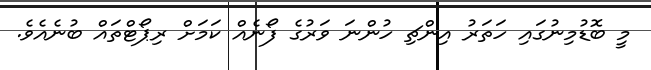
މިީ ބޮޑުމިނުގައި ހަތަރު އިންޗި ހުންނަ ވަރުގެ ފޯނެއް ކަމަށް ރިޕޯޓްތައް ބުނެއެވެ.